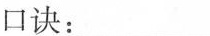
口诀：___